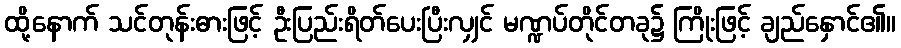
ထို့နောက် သင်တုန်းဓားဖြင့် ဦးပြည်းရိတ်ပေးပြီးလျှင် မဏ္ဍပ်တိုင်တခု၌ ကြိုးဖြင့် ချည်နှောင်၏။